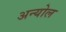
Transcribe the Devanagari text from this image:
अन्योल